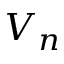
V _ { n }